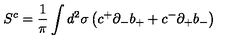
S ^ { c } = \frac { 1 } { \pi } \int d ^ { 2 } \sigma \left( c ^ { + } { \partial } _ { - } b _ { + } + c ^ { - } { \partial } _ { + } b _ { - } \right)